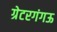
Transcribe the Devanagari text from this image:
ग्रेटरगंगऊ